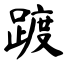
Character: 踱